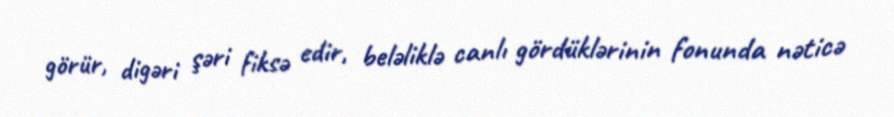
görür, digəri şəri fiksə edir, beləliklə canlı gördüklərinin fonunda nəticə